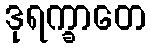
ဒုရက္ခာတေ